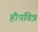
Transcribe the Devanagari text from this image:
हैं।पवित्र